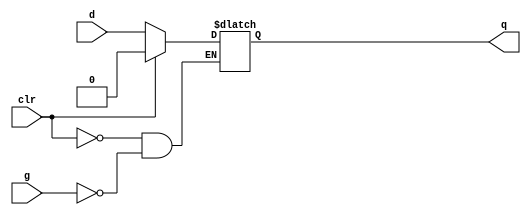
module latch(q,d,g,clr);
input d,g,clr;
output q;
reg q;
always @(g or d or clr)
    begin
        if(clr)
            q=1'b0;
        else if(g)
            q<=d;        
    end
endmodule